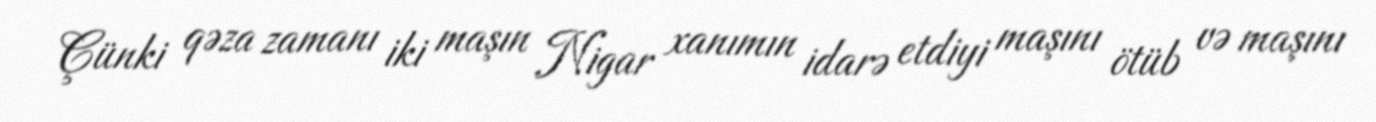
Çünki qəza zamanı iki maşın Nigar xanımın idarə etdiyi maşını ötüb və maşını